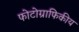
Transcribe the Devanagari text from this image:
फोटोग्राफिकीय